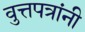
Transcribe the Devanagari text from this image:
वुत्तपत्रांनी